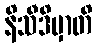
နိသီဒိမှာတိ